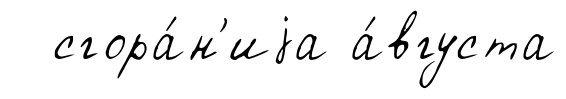
сгора́н'иjа а́вгуста